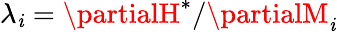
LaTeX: \lambda_{\mathit{i}}=\partialH^{*}/\partialM_{\mathit{i}}